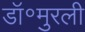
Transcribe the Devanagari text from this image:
डॉ॰मुरली